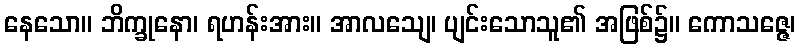
နေသော။ ဘိက္ခုနော၊ ရဟန်းအား။ အာလသျေ၊ ပျင်းသောသူ၏ အဖြစ်၌။ ကောသဇ္ဇေ၊